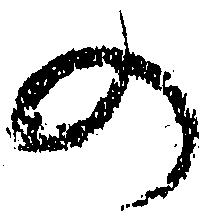
の